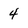
Character: 4